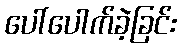
ပေါ်ပေါက်ခဲ့ခြင်း